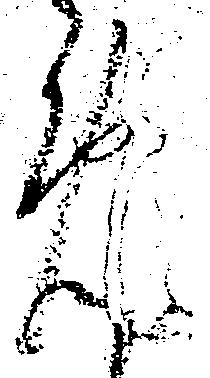
め